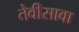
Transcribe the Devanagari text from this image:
तेवीसावा